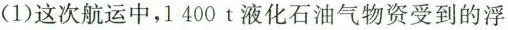
(1)这次航运中，1 400 t液化石油气物资受到的浮